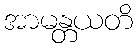
အာမန္တယတိ